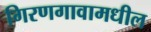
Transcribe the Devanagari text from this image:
गिरणगावामधील